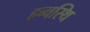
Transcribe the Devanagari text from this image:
हन्वस्थि